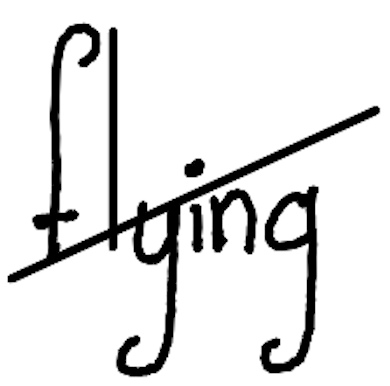
Text: flying
Cross-out: diagonal
Writing tool: digital_black